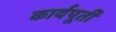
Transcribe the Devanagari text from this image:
कार्यपूर्ती